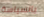
بالسياسة